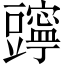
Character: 𧰗